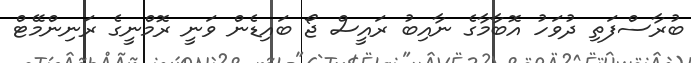
ބުރާސްފަތި ދުވަހު އޮބާމާގެ ނާއިބު ރައީސް ޖޯ ބައިޑެން ވަނީ ރޮމްނީގެ ރަނިންމޭޓް